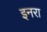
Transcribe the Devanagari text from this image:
इनरा